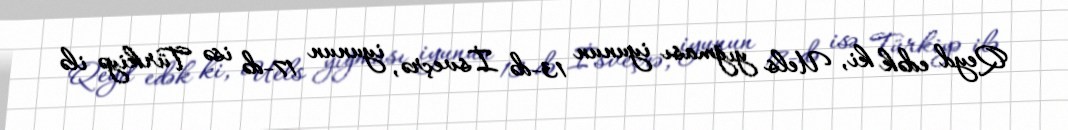
Qeyd edək ki, Uels yığması iyunun 13-də İsveçrə, iyunun 17-də isə Türkiyə ilə